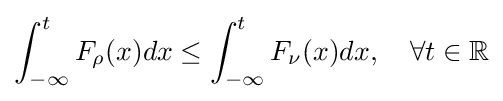
\int _{-\infty }^{t}F_{\rho }(x)dx\leq \int _{-\infty }^{t}F_{\nu }(x)dx,\quad \forall t\in \mathbb {R}